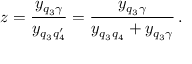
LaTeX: z = \frac { y _ { q _ { 3 } \gamma } } { y _ { q _ { 3 } q _ { 4 } ^ { \prime } } } = \frac { y _ { q _ { 3 } \gamma } } { y _ { q _ { 3 } q _ { 4 } } + y _ { q _ { 3 } \gamma } } \, .